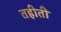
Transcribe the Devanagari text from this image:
तहीती